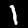
Digit: 1